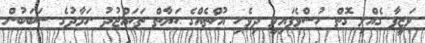
ވަޒީފާ ގެއްލި ގޮތް ހުސްވެފައިވީ ދިވެހި އުޚްތެއްގެ ޙަޔާތް ތަޙައްޖުދު ނަމާދުގެ ސަބަބުން